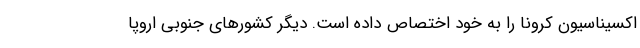
اکسیناسیون کرونا را به خود اختصاص داده است. دیگر کشورهای جنوبی اروپا